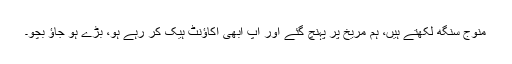
منوج سنگھ لکھتے ہیں، ہم مریخ پر پہنچ گئے اور آپ ابھی اکاؤنٹ ہیک کر رہے ہو، بڑے ہو جاؤ بچو۔